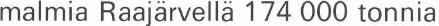
malmia Raajärvellä 174 000 tonnia